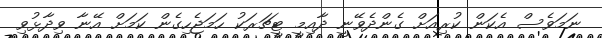
ނަމަވެސް އެކަން ކުރިއަށް ގެންދެވޭނީ ދާއިމީ ޓީޗަރަކު ހަމަޖެހިގެން ކަމަށް އޭނާ ވިދާޅުވި